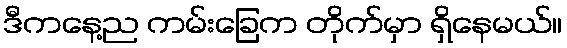
ဒီကနေ့ည ကမ်းခြေက တိုက်မှာ ရှိနေမယ်။